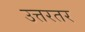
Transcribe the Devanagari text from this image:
उत्तरतर